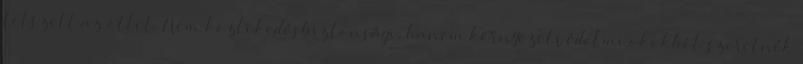
tetszett az ötlet. Nem közlekedésbiztonsági, hanem környezetvédelmi okokból szeretnék